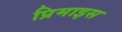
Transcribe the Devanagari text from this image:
प्रिमाइस